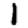
Digit: 1